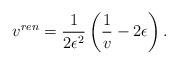
LaTeX: \begin{align*}v^{ren} = \frac{1}{2 \epsilon^2} \left( \frac{1}{v} - 2 \epsilon \right).\end{align*}